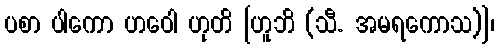
ပစာ ပါကော ဟဝေါ ဟုတိ [ဟူဘိ (သီ. အမရကောသ)]၊